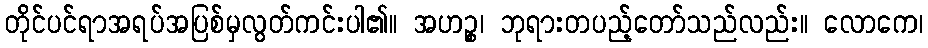
တိုင်ပင်ရာအရပ်အပြစ်မှလွတ်ကင်းပါ၏။ အဟဉ္စ၊ ဘုရားတပည့်တော်သည်လည်း။ လောကေ၊